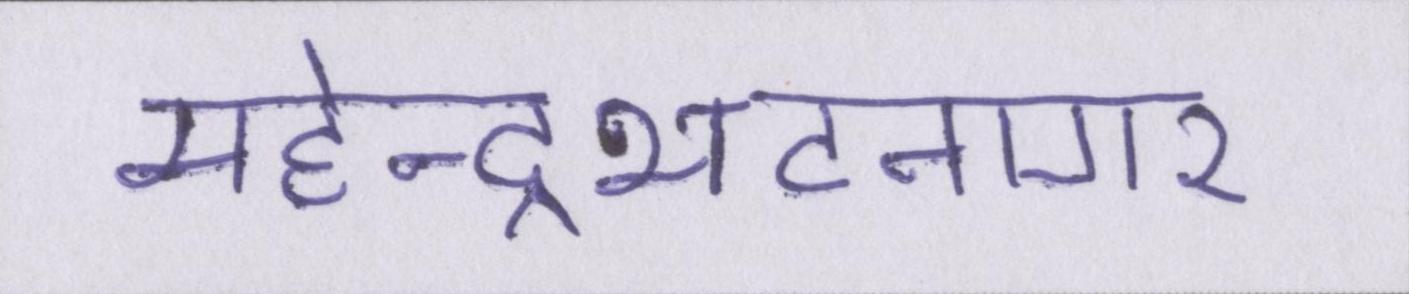
महेन्द्रभटनागर